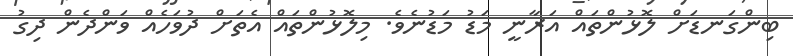
ބިންގަނޑަށް ލޮޅުންތައް އަރާނީ މަޑު މަޑުނެވެ. މިލޮޅުންތައް އެތަށް ދުވަހެއް ވަންދެން ދިގު